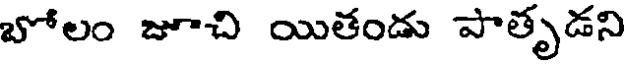
బోలం జూచి యితండు పాతృడని